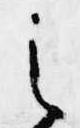
之